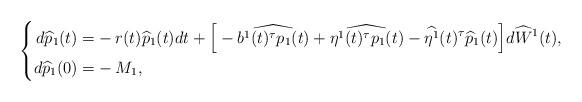
LaTeX: \begin{align*}\left\{\begin{aligned}d\widehat{p}_1(t)=&-r(t)\widehat{p}_1(t)dt+\Big[-\widehat{b^1(t)^\tau p_1(t)}+\widehat{\eta^1(t)^\tau p_1(t)}-\widehat{\eta^1}(t)^\tau\widehat{p}_1(t)\Big]d\widehat{W}^1(t),\\d\widehat{p}_1(0)=&-M_1,\end{aligned}\right.\end{align*}